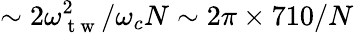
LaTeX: \sim 2\omega_{\mathrm{~t~w~}}^{2}/\omega_{c}N\sim 2\pi\times 710/N